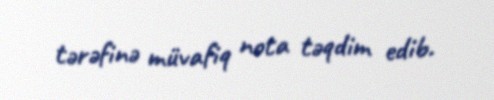
tərəfinə müvafiq nota təqdim edib.